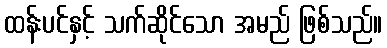
ထန်းပင်နှင့် သက်ဆိုင်သော အမည် ဖြစ်သည်။